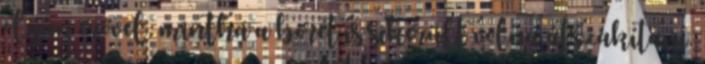
olyan erővel, mintha a bőrét is sikerült volna átszakítani.